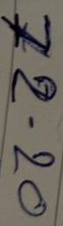
72 = 20